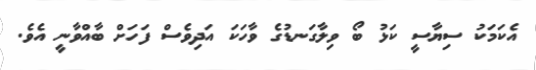
އެކަމަކު ސިޔާސީ ކަޅު ބޯ ވިލާގަނޑުގެ ވާހަކަ އަދިވެސް ފަހަށް ބާއްވާނީ އެވެ.